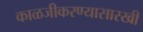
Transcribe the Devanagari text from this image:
काळजीकरण्यासारखी